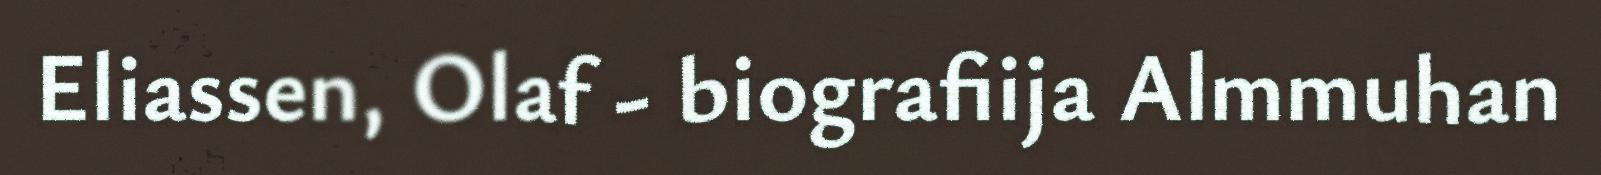
Eliassen, Olaf - biografiija Almmuhan